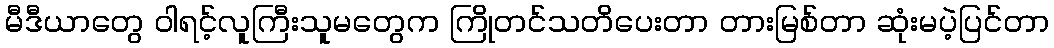
မီဒီယာတွေ ဝါရင့်လူကြီးသူမတွေက ကြိုတင်သတိပေးတာ တားမြစ်တာ ဆုံးမပဲ့ပြင်တာ